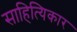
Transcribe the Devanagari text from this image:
साहित्यिकार